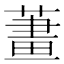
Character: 𦹓